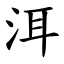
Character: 洱